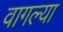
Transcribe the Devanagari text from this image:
वागल्या